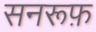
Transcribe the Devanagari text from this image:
सनरूफ़